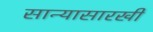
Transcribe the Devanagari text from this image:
सान्यासारखी